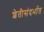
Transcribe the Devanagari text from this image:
शेतीसंदर्भात